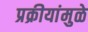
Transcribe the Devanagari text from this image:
प्रक्रीयांमुळे